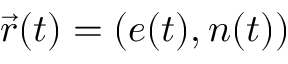
\vec { r } ( t ) = ( e ( t ) , n ( t ) )